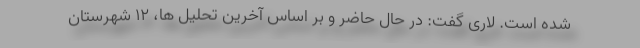
شده است. لاری گفت: در حال حاضر و بر اساس آخرین تحلیل ها، ۱۲ شهرستان